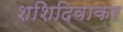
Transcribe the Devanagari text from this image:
शशिदिवाकर